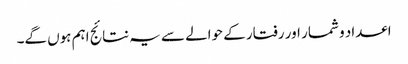
اعداد و شمار اور رفتار کے حوالے سے یہ نتائج اہم ہوں گے۔